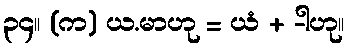
၃၄။ (က) ယ.မာဟု = ယံ + -ါဟု။